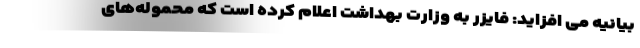
بیانیه می افزاید: فایزر به وزارت بهداشت اعلام کرده است که محموله‌های